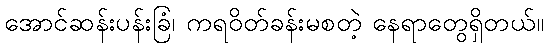
အောင်ဆန်းပန်းခြံ၊ ကရဝိတ်ခန်းမစတဲ့ နေရာတွေရှိတယ်။